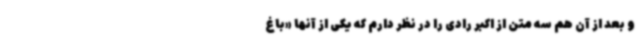
و بعد از آن هم سه متن از اکبر رادی را در نظر دارم که یکی از آنها «باغ